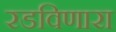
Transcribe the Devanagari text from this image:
रडविणारा